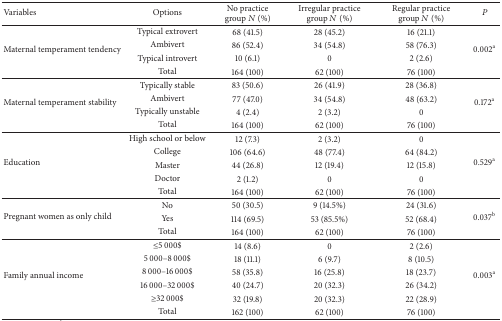
<table><thead><tr><td><b>Variables</b></td><td><b>Options</b></td><td><b>No practice group <i>N</i> (%)</b></td><td><b>Irregular practice group <i>N</i> (%)</b></td><td><b>Regular practice group <i>N</i> (%)</b></td><td><b><i>P</i></b></td></tr></thead><tbody><tr><td rowspan="4">Maternal temperament tendency</td><td>Typical extrovert</td><td>68 (41.5)</td><td>28 (45.2)</td><td>16 (21.1)</td><td rowspan="4">0.002<sup>a</sup></td></tr><tr><td>Ambivert</td><td>86 (52.4)</td><td>34 (54.8)</td><td>58 (76.3)</td></tr><tr><td>Typical introvert</td><td>10 (6.1)</td><td>0</td><td>2 (2.6)</td></tr><tr><td>Total</td><td>164 (100)</td><td>62 (100)</td><td>76 (100)</td></tr><tr><td rowspan="4">Maternal temperament stability</td><td>Typically stable</td><td>83 (50.6)</td><td>26 (41.9)</td><td>28 (36.8)</td><td rowspan="4">0.172<sup>a</sup></td></tr><tr><td>Ambivert</td><td>77 (47.0)</td><td>34 (54.8)</td><td>48 (63.2)</td></tr><tr><td>Typically unstable</td><td>4 (2.4)</td><td>2 (3.2)</td><td>0</td></tr><tr><td>Total</td><td>164 (100)</td><td>62 (100)</td><td>76 (100)</td></tr><tr><td rowspan="5">Education</td><td>High school or below</td><td>12 (7.3)</td><td>2 (3.2)</td><td>0</td><td rowspan="5">0.529<sup>a</sup></td></tr><tr><td>College</td><td>106 (64.6)</td><td>48 (77.4)</td><td>64 (84.2)</td></tr><tr><td>Master</td><td>44 (26.8)</td><td>12 (19.4)</td><td>12 (15.8)</td></tr><tr><td>Doctor</td><td>2 (1.2)</td><td>0</td><td>0</td></tr><tr><td>Total</td><td>164 (100)</td><td>62 (100)</td><td>76 (100)</td></tr><tr><td rowspan="3">Pregnant women as only child</td><td>No</td><td>50 (30.5)</td><td>9 (14.5%)</td><td>24 (31.6)</td><td rowspan="3">0.037<sup>b</sup></td></tr><tr><td>Yes</td><td>114 (69.5)</td><td>53 (85.5%)</td><td>52 (68.4)</td></tr><tr><td>Total</td><td>164 (100)</td><td>62 (100)</td><td>76 (100)</td></tr><tr><td rowspan="6">Family annual income</td><td>≤5 000$</td><td>14 (8.6)</td><td>0</td><td>2 (2.6)</td><td rowspan="6">0.003<sup>a</sup></td></tr><tr><td>5 000–8 000$</td><td>18 (11.1)</td><td>6 (9.7)</td><td>8 (10.5)</td></tr><tr><td>8 000–16 000$</td><td>58 (35.8)</td><td>16 (25.8)</td><td>18 (23.7)</td></tr><tr><td>16 000–32 000$</td><td>40 (24.7)</td><td>20 (32.3)</td><td>26 (34.2)</td></tr><tr><td>≥32 000$</td><td>32 (19.8)</td><td>20 (32.3)</td><td>22 (28.9)</td></tr><tr><td>Total</td><td>162 (100)</td><td>62 (100)</td><td>76 (100)</td></tr></tbody></table>